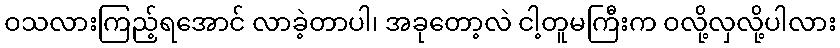
ဝသလားကြည့်ရအောင် လာခဲ့တာပါ၊ အခုတော့လဲ ငါ့တူမကြီးက ဝလို့လှလို့ပါလား